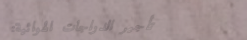
تأجير الدراجات الهوائية: